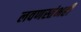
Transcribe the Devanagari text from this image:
लवणस्तंभही